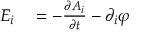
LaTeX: \begin{array} { r l } { E _ { i } } & { { } = - { \frac { \partial A _ { i } } { \partial t } } - \partial _ { i } \varphi } \end{array}